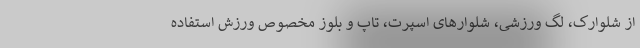
از شلوارک، لگ ورزشی، شلوارهای اسپرت، تاپ و بلوز مخصوص ورزش استفاده